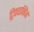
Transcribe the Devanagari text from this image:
ट्रिफाइनिंग